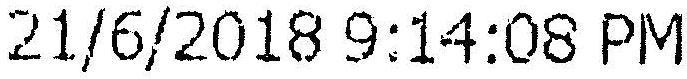
21/6/2018 9:14:08 PM